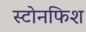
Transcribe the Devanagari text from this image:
स्टोनफिश